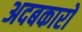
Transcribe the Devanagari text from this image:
अदबकारों